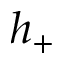
h _ { + }